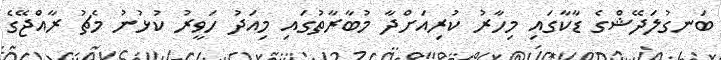
ބަނގުލަދޭޝްގެ ޑާކާގައި މިހާރު ކުރިއަށްދާ މުބާރާތުގައި މިއަދު ހަވީރު ކުޅުނު މެޗު ރާއްޖޭގެ